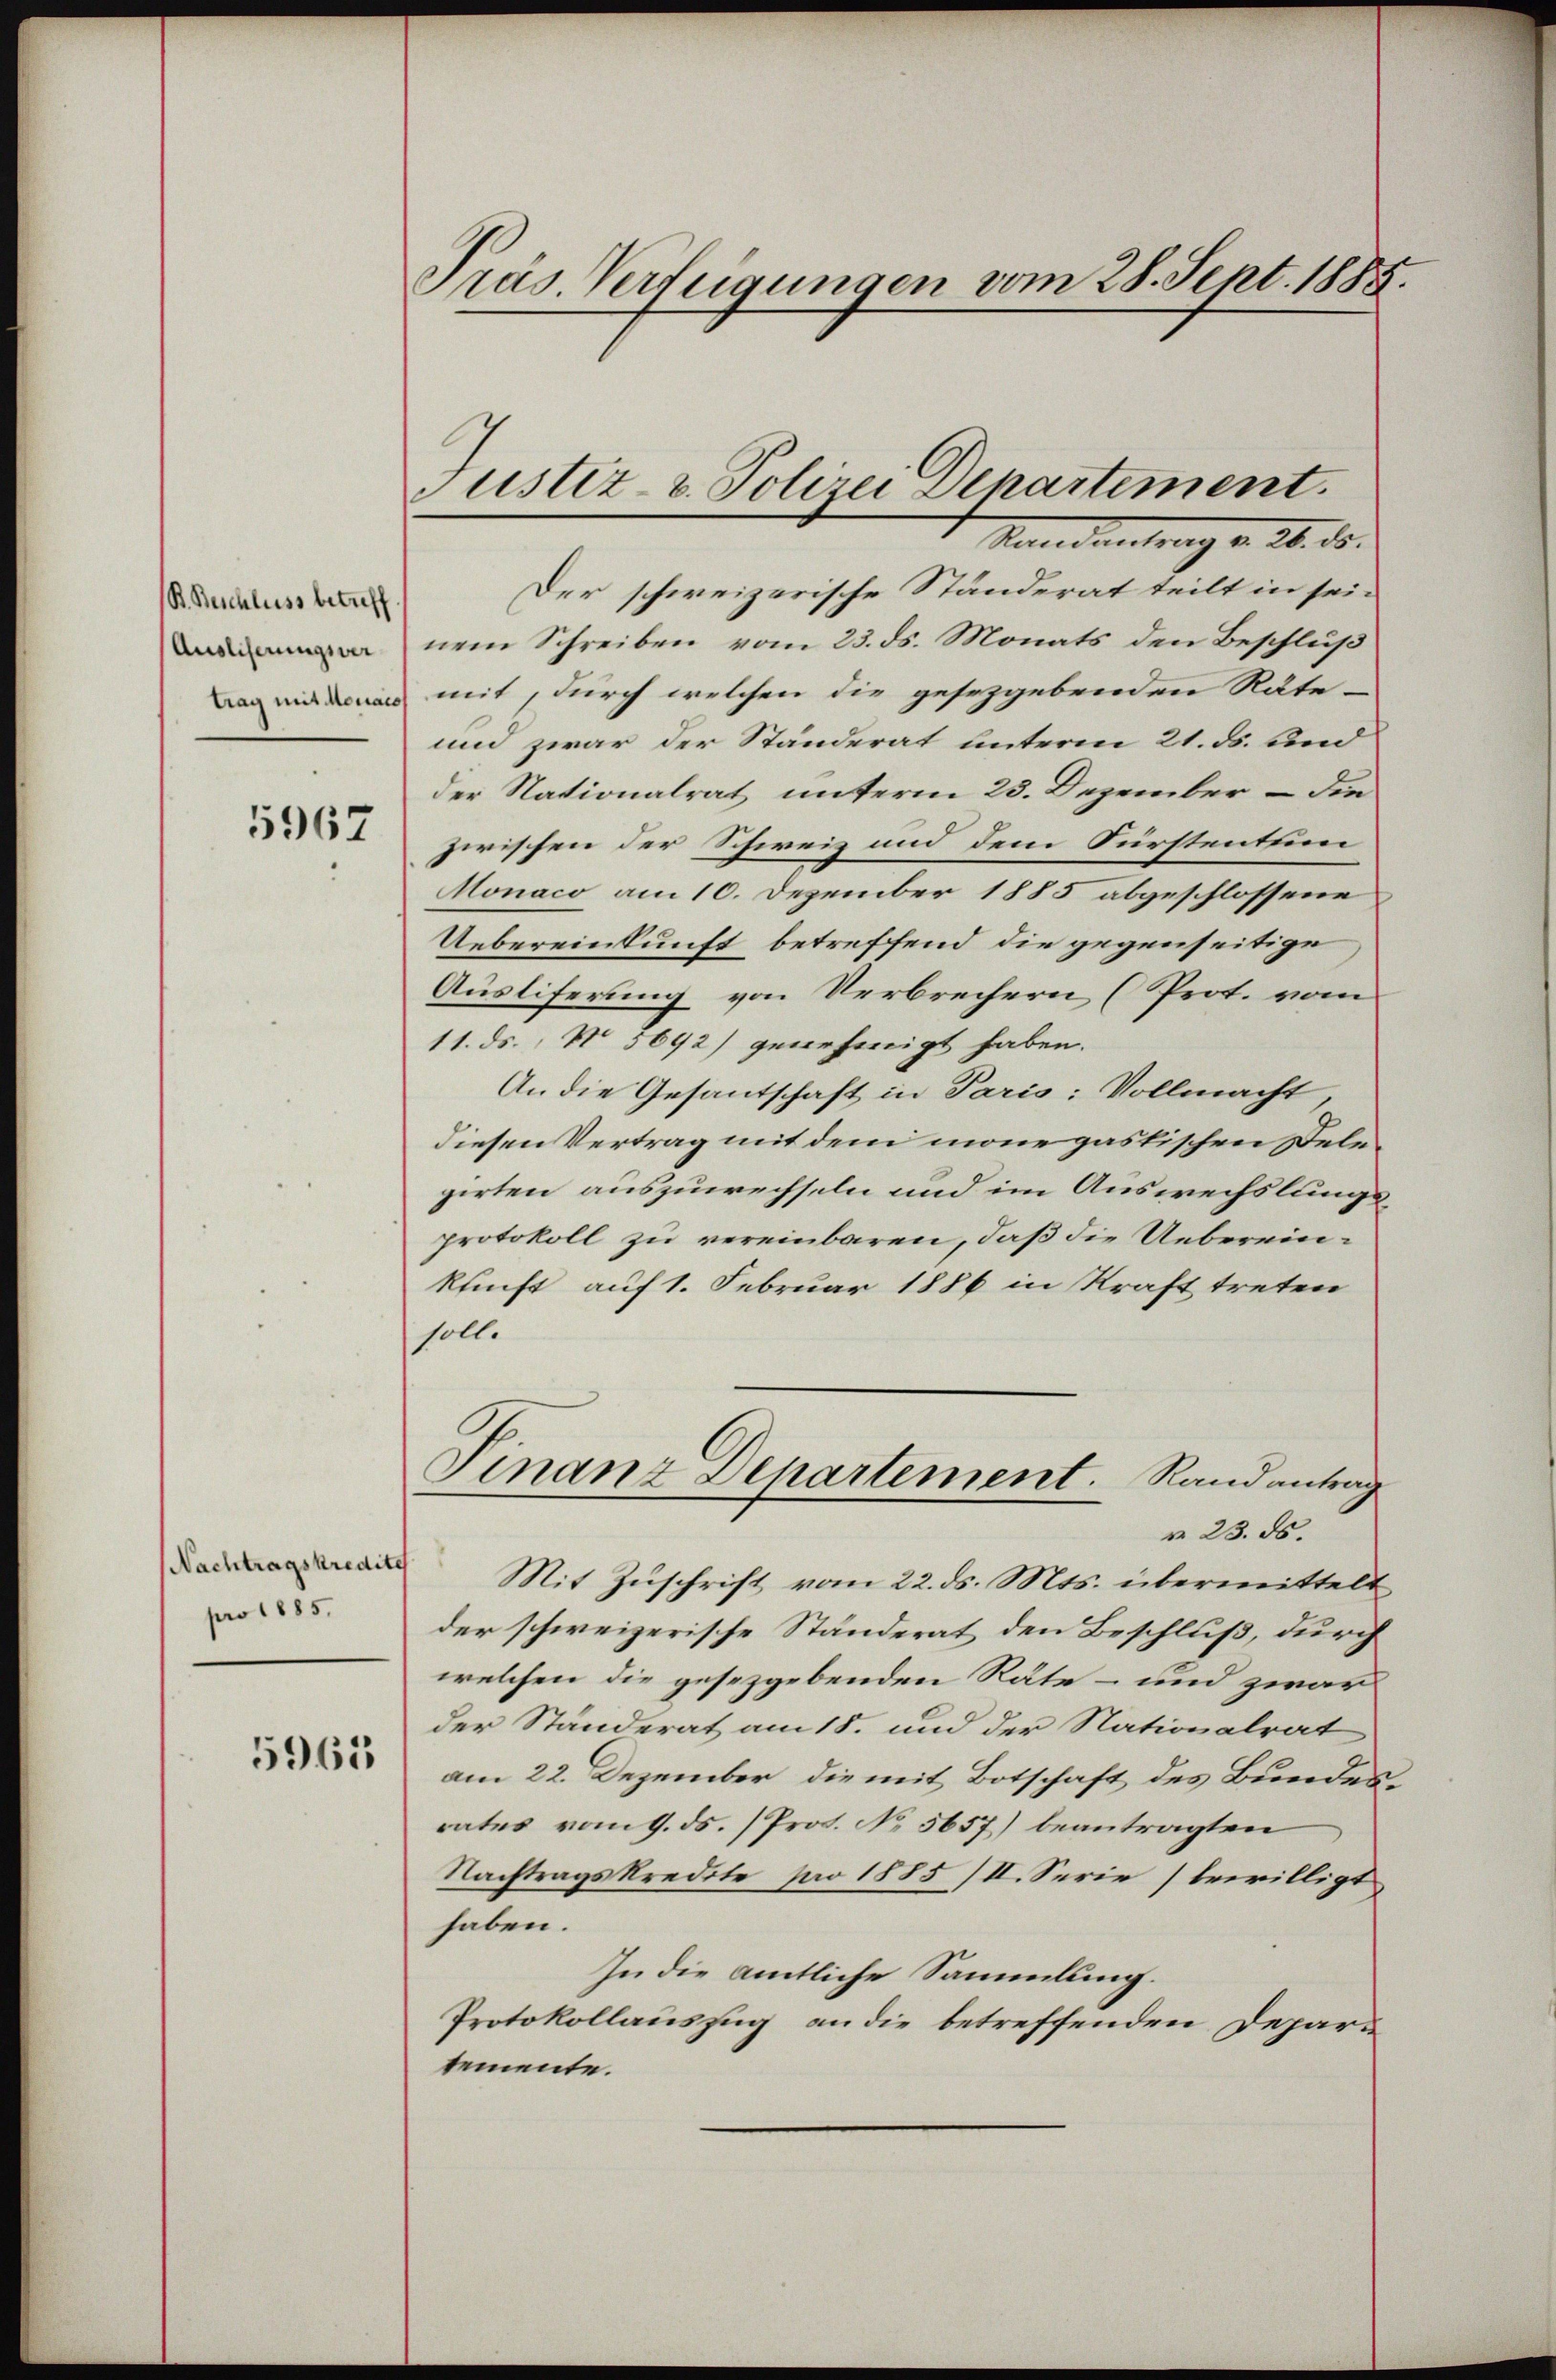
Ausliserungsver

5967

Nachtragskredites
pro 1885.

5963

Präs. Verfügungen vom 28. Sept. 1885.

an. Der schweizerische Stunderat teilt in sei-
nem Schreiben vom 23. ds. Monats den Beschluß
n mit, durch welchen die gesetzgebenden Rate-
und zwar der Ständerat unterm 21. ds. und
der Nationalrat unterm 23. Dezember – die
zwischen der Schweiz und dem Fürstentum
Monaco am 10. Dezember 1885 abgeschlossene
Uebereinkunft betreffend die gegenseitige
Ausliferung von Verbrechern (Prot. vom
11. ds., No 5692) genehmigt haben.
An die Gesantschaft in Paris: Vollmacht
diesen Vertrag mit dem mone pastischen Delegirten auszuwechseln und im Auswechslungsprotokoll zu vereinbaren, daß die Uebereinkunft auf 1. Februar 1886 in Kraft treten
soll.
Finanz Departement. Rand antrag
r 23. ds.
Mit Zuschrift vom 22. ds. Mts. übermittelt
der schweizerische Ständerat den Beschluß, durch
welchen die gesezgebenden Räte – und zwar
der Ständerat am 18. und der Nationalrat
am 22. Dezember, die mit Botschaft des Bundes
rates vom 9. ds. (Prot. No 5657) beantragten
Nachtragskredite pro 1885/II. Serie bewilligt
haben.
In die amtliche Sammlung.
Protokollauszug an die betreffenden Departemente.

Justiz- u. Polizei Departement.
Mandantrag v. 26. ds.